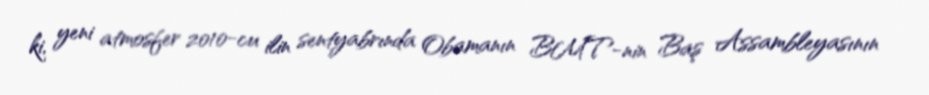
ki, yeni atmosfer 2010-cu ilin sentyabrında Obamanın BMT-nin Baş Assambleyasının